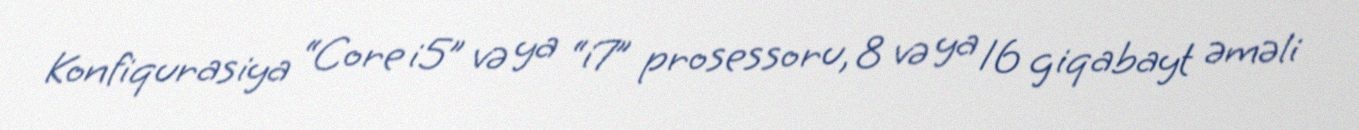
Konfiqurasiya “Core i5” və ya “i7” prosessoru, 8 və ya 16 giqabayt əməli